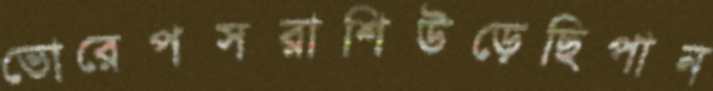
ভোরেপসরাশিউড়েছিপান